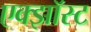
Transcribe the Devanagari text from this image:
एक्झॉस्ट